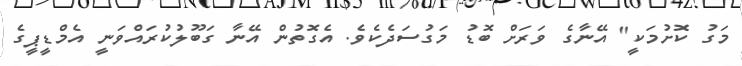
މަގު ކޮށުމަކީ" އޭނާގެ ވަރަށް ބޮޑު މަގުސަދެކެވެ. އެގޮތުން އޭނާ ގަބޫލުކުރައްވަނީ އެމްޑީޕީގެ